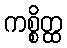
ကစ္စိတ္ထ